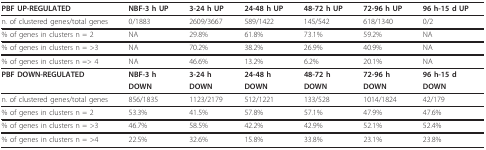
| PBF UP-REGULATED | NBF-3 h UP | 3-24 h UP | 24-48 h UP | 48-72 h UP | 72-96 h UP | 96 h-15 d UP |
 | --- | --- | --- | --- | --- | --- | --- |
 | n. of clustered genes/total genes | 0/1883 | 2609/3667 | 589/1422 | 145/542 | 618/1340 | 0/2 |
 | % of genes in clusters n = 2 | NA | 29.8% | 61.8% | 73.1% | 59.2% | NA |
 | % of genes in clusters n = >3 | NA | 70.2% | 38.2% | 26.9% | 40.9% | NA |
 | % of genes in clusters n => 4 | NA | 46.6% | 13.2% | 6.2% | 20.1% | NA |
 | PBF DOWN-REGULATED | NBF-3 h | 3-24 h | 24-48 h | 48-72 h | 72-96 h | 96 h-15 d |
 |  | DOWN | DOWN | DOWN | DOWN | DOWN | DOWN |
 | n. of clustered genes/total genes | 856/1835 | 1123/2179 | 512/1221 | 133/528 | 1014/1824 | 42/179 |
 | % of genes in clusters n = 2 | 53.3% | 41.5% | 57.8% | 57.1% | 47.9% | 47.6% |
 | % of genes in clusters n = >3 | 46.7% | 58.5% | 42.2% | 42.9% | 52.1% | 52.4% |
 | % of genes in clusters n = >4 | 22.5% | 32.6% | 15.8% | 33.8% | 23.1% | 23.8% |